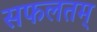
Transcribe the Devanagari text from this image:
सफलतम्